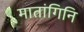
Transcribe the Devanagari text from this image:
मातांगिनि